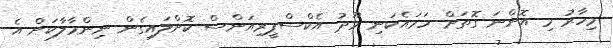
މިހާރު މި އޮންނަ ގޮތަށް ހަމައެކަނި މޫދު އެކްސްޕީރިއަންސް ކޮށްލައިގެން ނިންމާލާކަށް އެ